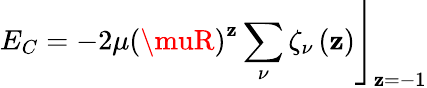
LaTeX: E_{C}=-2\mu\left.\left(\muR\right)^{\mathbf{z}}\sum_{\nu}\zeta_{\nu}\left(\mathbf{z}\right)\right\rfloor_{\mathbf{z}=-1}